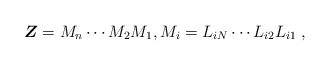
LaTeX: \begin{align*}\boldsymbol{Z}=M_{n}\cdots M_{2}M_{1},M_{i}=L_{iN}\cdots L_{i2}L_{i1}\;,\end{align*}